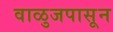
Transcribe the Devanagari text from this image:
वाळुजपासून